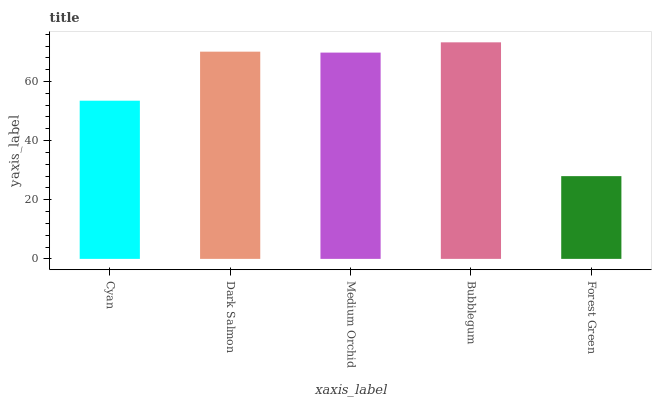
| xaxis_label | bars |
 | --- | --- |
 | Cyan | 53.5 |
 | Dark Salmon | 70.1 |
 | Medium Orchid | 69.8 |
 | Bubblegum | 73.3 |
 | Forest Green | 28 |